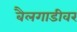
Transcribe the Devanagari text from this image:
बैलगाडीवर